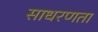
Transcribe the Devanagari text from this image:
साधरणता